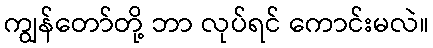
ကျွန်တော်တို့ ဘာ လုပ်ရင် ကောင်းမလဲ။